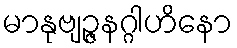
မာနုဗျဉ္ဇနဂ္ဂါဟိနော